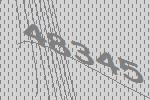
48345